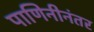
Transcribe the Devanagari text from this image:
पाणिनीनंतर